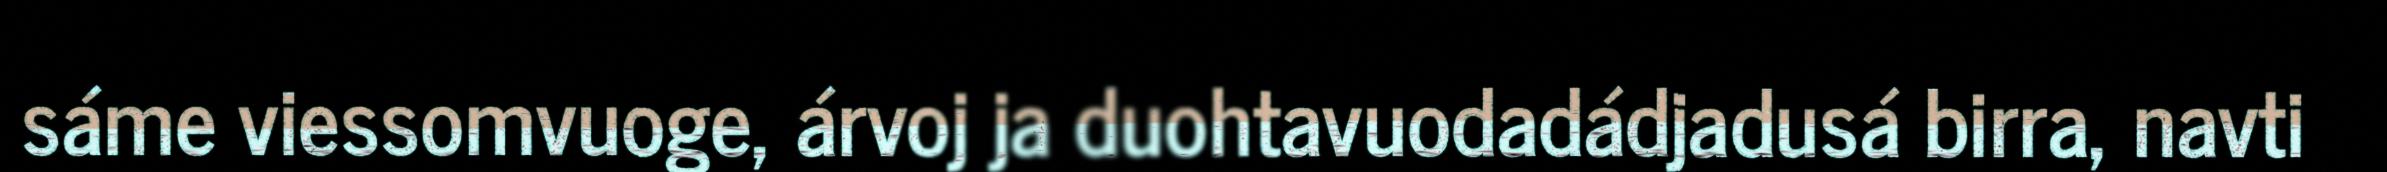
sáme viessomvuoge, árvoj ja duohtavuodadádjadusá birra, navti